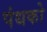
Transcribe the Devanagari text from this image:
पंथको